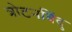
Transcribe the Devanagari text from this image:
त्रोटनबिंदु